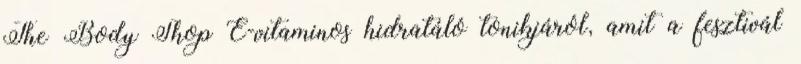
The Body Shop E-vitaminos hidratáló tonikjáról, amit a fesztivál